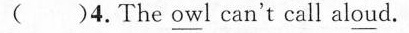
( )4.The owl can't call aloud.